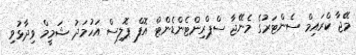
މޭޖާ ކްރައިމް ސެންޓަރުގެ މެނޭޖާ ސްޕްރިންޓެންޑެންޓް އޮފް ޕޮލިސް އަހުމަދު ޝަމީމް ވިދާޅުވި